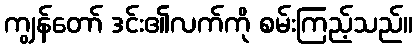
ကျွန်တော် ဒင်း၏လက်ကို စမ်းကြည့်သည်။